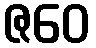
ဇဝေ